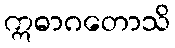
ဣဓာဂတောသိ